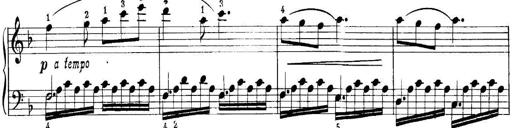
Title: Quatres sonatines
Composer: Tadeusz Joteyko